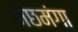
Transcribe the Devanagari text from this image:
मछमंगा